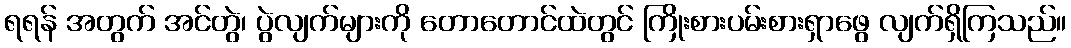
ရရန် အတွက် အင်တွဲ၊ ပွဲလျက်များကို တောတောင်ထဲတွင် ကြိုးစားပမ်းစားရှာဖွေ လျက်ရှိကြသည်။